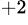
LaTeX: ^{+2}